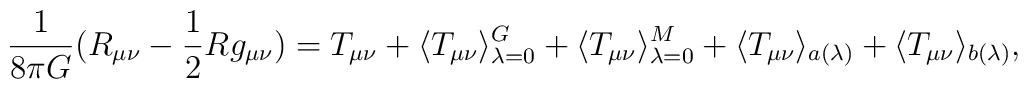
\frac{1}{8\pi G} (R_{\mu\nu}-\frac{1}{2} R g_{\mu\nu}) =T_{\mu\nu} + \langle T_{\mu\nu}\rangle^{G}_{\lambda=0} +\langle T_{\mu\nu}\rangle^{M}_{\lambda=0} +\langle T_{\mu\nu}\rangle_{a(\lambda)} +\langle T_{\mu\nu}\rangle_{b(\lambda)} ,